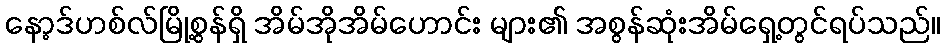
နော့ဒ်ဟစ်လ်မြို့စွန်ရှိ အိမ်အိုအိမ်ဟောင်း များ၏ အစွန်ဆုံးအိမ်ရှေ့တွင်ရပ်သည်။